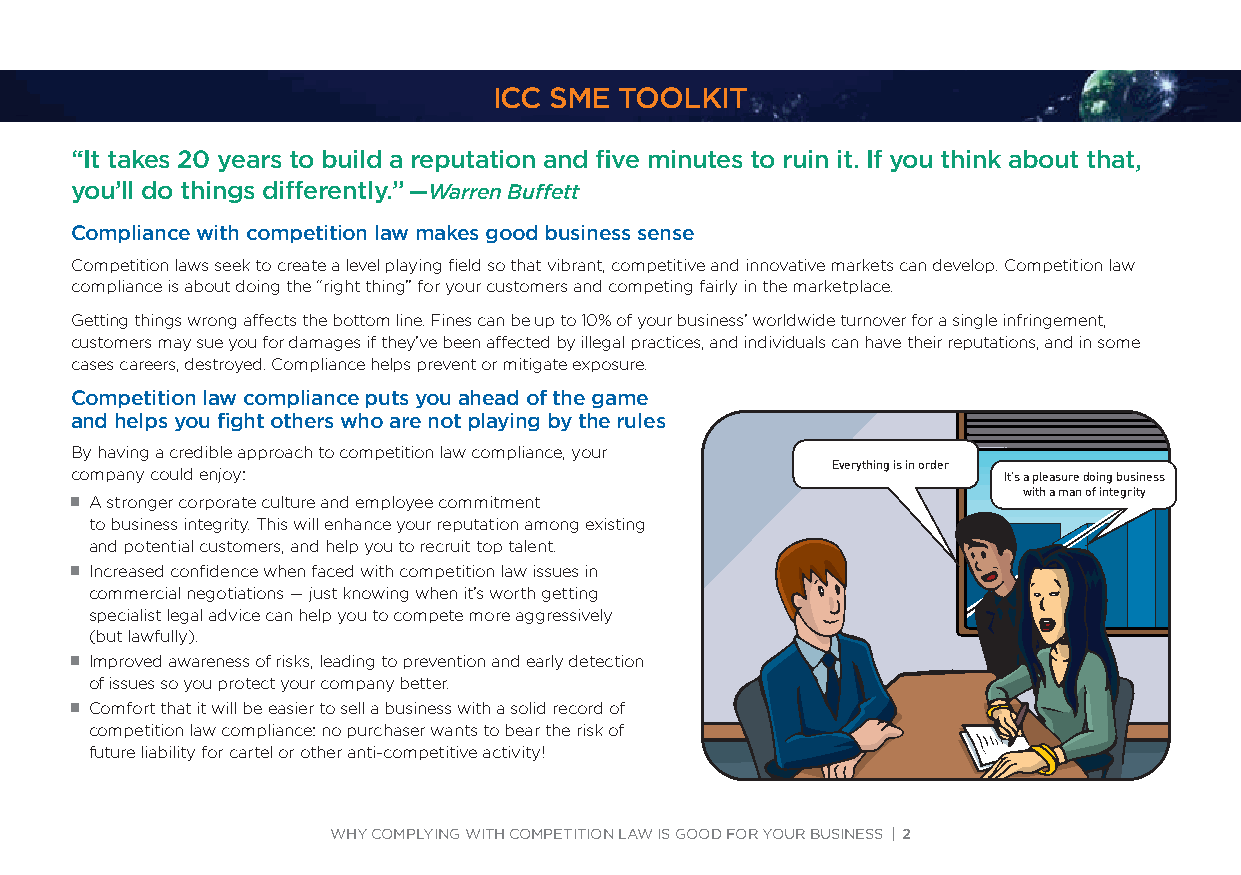
ICC SME TOOLKIT
 “It takes 20 years to build a reputation and five minutes to ruin it. If you think about that,
 you’ll do things differently.” —Warren Buffett
 Compliance with competition law makes good business sense
 Competition laws seek to create a level playing field so that vibrant, competitive and innovative markets can develop. Competition law
 compliance is about doing the “right thing” for your customers and competing fairly in the marketplace.
 Getting things wrong affects the bottom line. Fines can be up to 10% of your business’ worldwide turnover for a single infringement,
 customers may sue you for damages if they’ve been affected by illegal practices, and individuals can have their reputations, and in some
 cases careers, destroyed. Compliance helps prevent or mitigate exposure.
 Competition law compliance puts you ahead of the game
 and helps you fight others who are not playing by the rules
 By having a credible approach to competition law compliance, your
 Everything is in order
 company could enjoy:                                         It’s a pleasure doing business
 with a man of integrity
 JJA stronger corporate culture and employee commitment
 to business integrity. This will enhance your reputation among existing
 and potential customers, and help you to recruit top talent.
 JJIncreased confidence when faced with competition law issues in
 commercial negotiations — just knowing when it’s worth getting
 specialist legal advice can help you to compete more aggressively
 (but lawfully).
 JJImproved awareness of risks, leading to prevention and early detection
 of issues so you protect your company better.
 JJComfort that it will be easier to sell a business with a solid record of
 competition law compliance: no purchaser wants to bear the risk of
 future liability for cartel or other anti-competitive activity!
 WHY COMPLYING WITH COMPETITION LAW IS GOOD FOR YOUR BUSINESS | 2